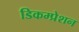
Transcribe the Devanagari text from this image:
डिकम्प्रेशन